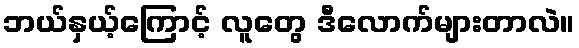
ဘယ်နှယ့်ကြောင့် လူတွေ ဒီလောက်များတာလဲ။